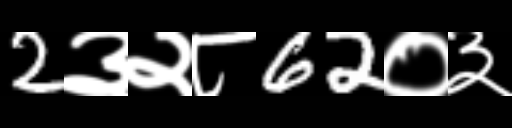
Text: 2३२८62०३